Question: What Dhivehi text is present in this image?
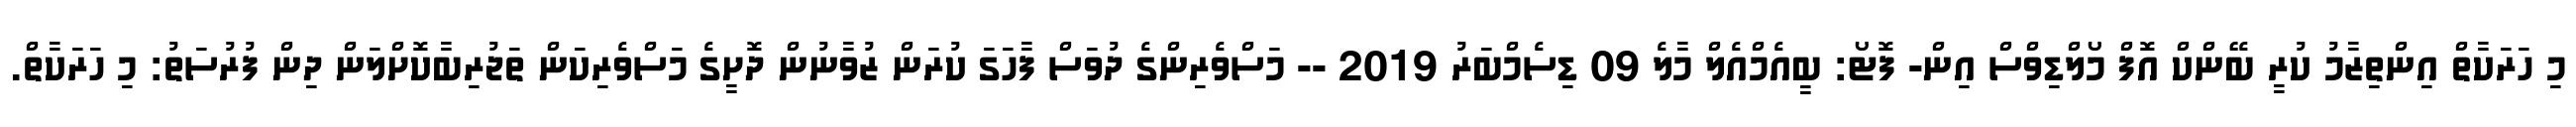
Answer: މި ހަރަކާތް އިންތިޒާމު ކުރީ ބޭންކް އޮފް މޯލްޑިވްސް އިން- ފޮޓޯ: ބީއެމްއެލް މާލެ 09 ޑިސެމްބަރު 2019 -- މަސްވެރިންގެ ދުވަސް ފާހަގަ ކުރަން ޒުވާނުން ދޮށީގެ މަސްވެރިކަން ތަޖުރިބާކޮށްލަން ދިން ފުރުސަތު: މި ހަރަކާތް.